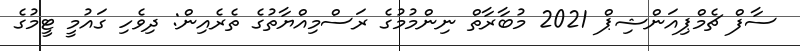
ސާފް ޗެމްޕިއަންޝިޕް 2021 މުބާރާތް ނިންމުމުގެ ރަސްމިއްޔާތުގެ ތެރެއިން: ދިވެހި ގައުމީ ޓީމުގެ